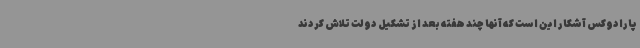
پارادوکس آشکار این است که آنها چند هفته بعد از تشکیل دولت تلاش کردند